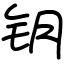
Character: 钥